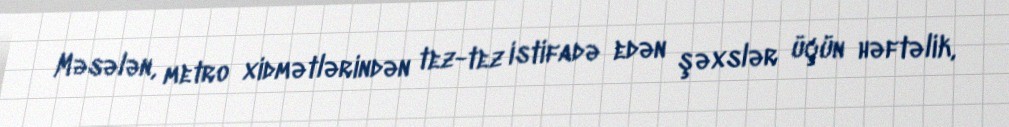
Məsələn, metro xidmətlərindən tez-tez istifadə edən şəxslər üçün həftəlik,